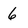
Character: 6